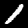
Digit: 1